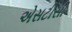
એસટીસી